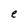
Character: e